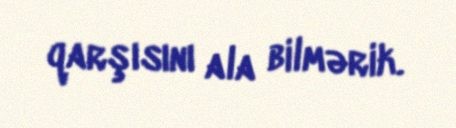
qarşısını ala bilmərik.